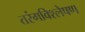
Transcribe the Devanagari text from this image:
तरंगविश्लेषण